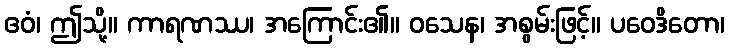
ဧဝံ၊ ဤသို့။ ကာရဏဿ၊ အကြောင်း၏။ ဝသေန၊ အစွမ်းဖြင့်။ ပဝေဒိတော၊